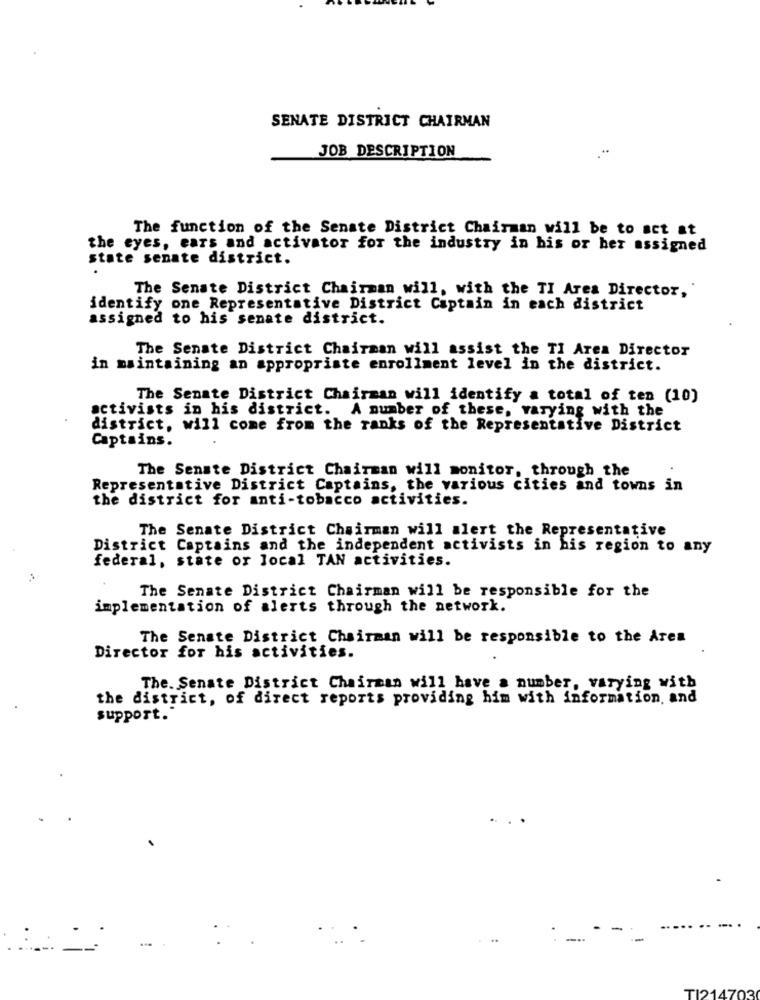
SENATE DISTRICT CHAIRMAN
JOB DESCRIPTION
The function of the Senate District Chairman will be to act at
the eyes, ears and activator for the industry in his or her assigned
state senate district.
The Senate District Chairman will, with the TI Area Director,
identify one Representative District Captain in each district
assigned to his senate district.
The Senate District Chairman will assist the TI Area Director
in maintaining an appropriate enrollment level in the district.
The Senate District Chairman will identify a total of ten (10)
activists in his district. A number of these, varying with the
district, will come from the ranks of the Representative District
Captains.
The Senate District Chairman will monitor, through the
Representative District Captains, the various cities and towns in
the district for anti-tobacco activities.
The Senate District Chairman will alert the Representative
District Captains and the independent activists in his region to any
federal, state or local TAN activities.
The Senate District Chairman will be responsible for the
implementation of alerts through the network.
The Senate District Chairman will be responsible to the Area
Director for his activities.
The. Senate District Chairman will have a number, varying with
the district, of direct reports providing him with information, and
support.
TI214703